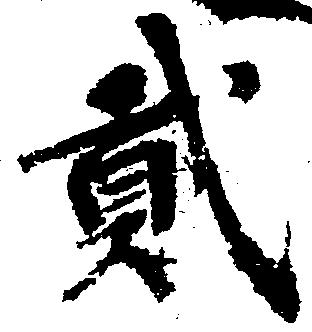
弐